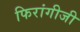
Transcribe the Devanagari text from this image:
फिरांगीजी